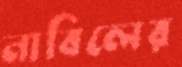
নাবিলের